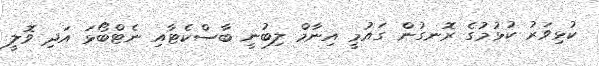
ކުޅިވަރު ކުޅުމުގެ ރޮނގުން ގައުމީ އިނާމް ލިބުނީ ބާސްކެޓާއި ނެޓްބޯޅަ އަދި ވޮލީ